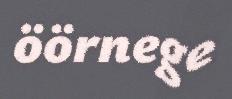
öörnege